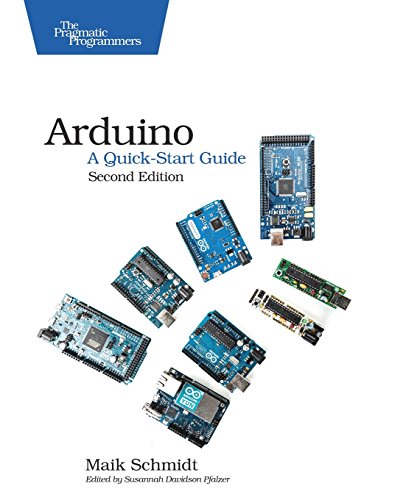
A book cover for Arduino: A Quick-Start Guide; Maik Schmidt; Computers & Technology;